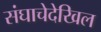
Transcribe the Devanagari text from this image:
संघाचेदेखिल